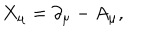
X _ { \mu } = \partial _ { \mu } - A _ { \mu } ,